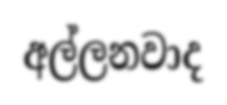
අල්ලනවාද